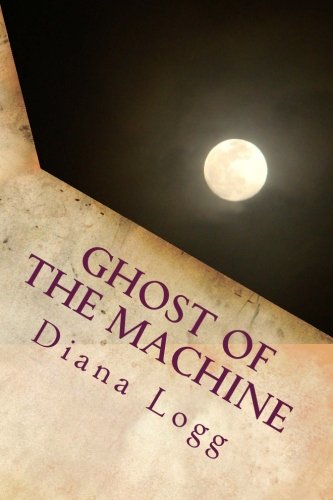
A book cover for Ghost of the Machine (ShatterGlass and WinterHeld) (Volume 1); Diana N. Logg; Literature & Fiction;